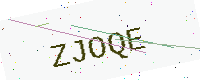
Text: ZJOQE